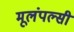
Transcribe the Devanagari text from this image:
मूलंपल्सी